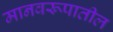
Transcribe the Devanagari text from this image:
मानवरूपातील